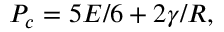
P _ { c } = 5 E / 6 + 2 \gamma / R ,